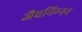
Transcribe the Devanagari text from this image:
जैवनिम्‍नन